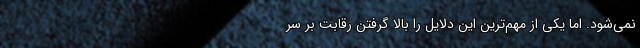
نمی‌شود. اما یکی از مهم‌ترین این دلایل را بالا گرفتن رقابت بر سر